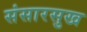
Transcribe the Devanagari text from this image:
संसारसुख